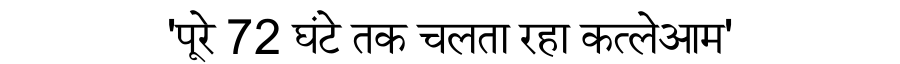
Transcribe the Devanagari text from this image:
'पूरे 72 घंटे तक चलता रहा कत्लेआम'